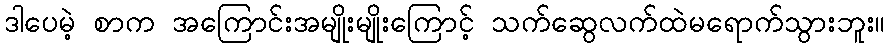
ဒါပေမဲ့ စာက အကြောင်းအမျိုးမျိုးကြောင့် သက်ဆွေလက်ထဲမရောက်သွားဘူး။